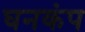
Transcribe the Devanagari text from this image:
घनकंप